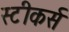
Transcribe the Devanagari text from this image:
स्टीकर्स